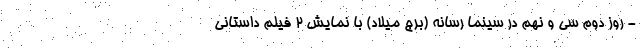
- روز دوم سی و نهم در سینما رسانه (برج میلاد) با نمایش 2 فیلم داستانی